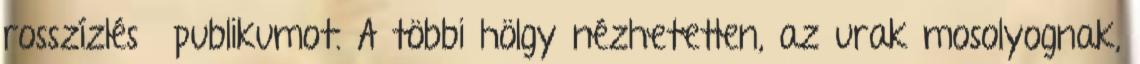
rosszízlésű publikumot. A többi hölgy nézhetetlen, az urak mosolyognak,